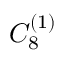
{ C } _ { 8 } ^ { ( 1 ) }